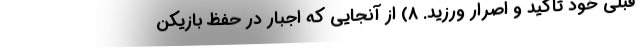
قبلی خود تاکید و اصرار ورزید. ۸) از آنجایی که اجبار در حفظ بازیکن